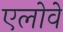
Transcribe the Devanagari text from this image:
एलोवे